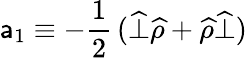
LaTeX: {\sf a}_{1}\equiv-\frac{1}{2}\, (\widehat{\bot}\widehat{\rho}+\widehat{\rho}\widehat{\bot})